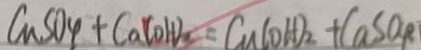
C a S O _ { 4 } + C a ( O H ) _ { 2 } = C a ( O H ) _ { 2 } + C a S O _ { R }